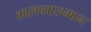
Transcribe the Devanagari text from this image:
कालव्यासमान